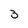
Character: 3